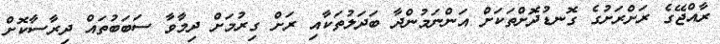
ރާއްޖޭގެ ރަށްރަށުގެ ގޮނޑުދޮށްތަކަށް އަންނަމުންދާ ބަދަލުތަކާއި ރަށް ގިރުމަށް ދިމާވާ ސަބަބުތައް ދިރާސާކޮށް